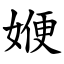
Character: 㛹